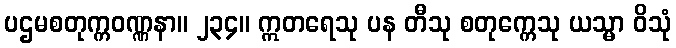
ပဌမစတုက္ကဝဏ္ဏနာ။ ၂၃၄။ ဣတရေသု ပန တီသု စတုက္ကေသု ယသ္မာ ဝိသုံ